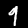
Label: 9